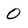
Character: 0